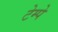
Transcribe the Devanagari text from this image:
टेम्पे